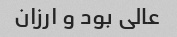
عالی بود و ارزان